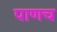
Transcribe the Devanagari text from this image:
पाणच